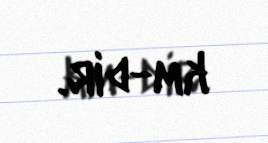
km-dir.